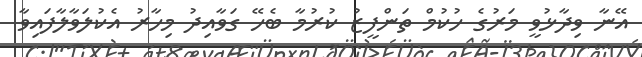
އޭނާ ވިދާޅުވީ މަރުގެ ހުކުމް ތަންފީޒު ކުރުމާ ބެހޭ ގަވާއިދު މިހާރު އެކުލަވާލާފައިވާ